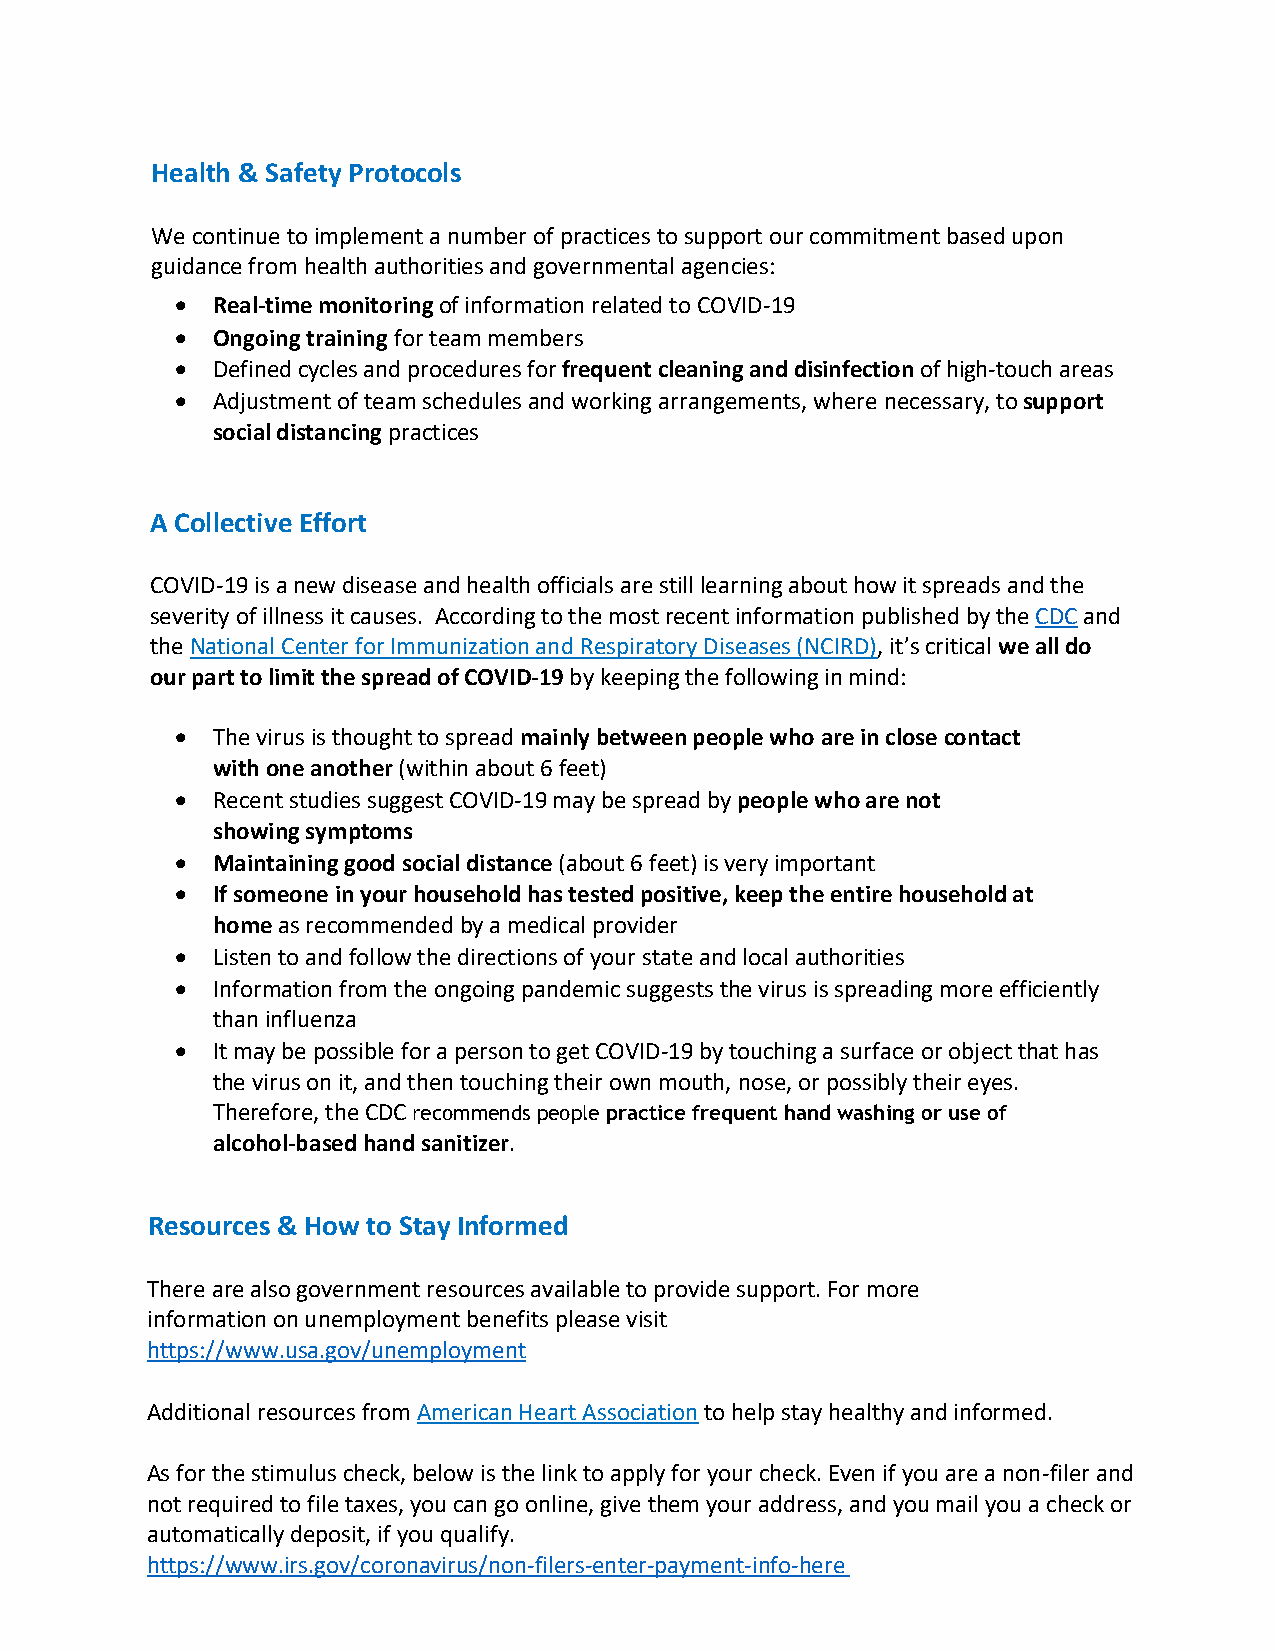
Health & Safety Protocols
 We continue to implement a number of practices to support our commitment based upon
 guidance from health authorities and governmental agencies:
 • Real-time monitoring of information related to COVID-19
 • Ongoing training for team members
 • Defined cycles and procedures for frequent cleaning and disinfection of high-touch areas
 • Adjustment of team schedules and working arrangements, where necessary, to support
 social distancing practices
 A Collective Effort
 COVID-19 is a new disease and health officials are still learning about how it spreads and the
 severity of illness it causes. According to the most recent information published by the CDC and
 the National Center for Immunization and Respiratory Diseases (NCIRD), it’s critical we all do
 our part to limit the spread of COVID-19 by keeping the following in mind:
 • The virus is thought to spread mainly between people who are in close contact
 with one another (within about 6 feet)
 • Recent studies suggest COVID-19 may be spread by people who are not
 showing symptoms
 • Maintaining good social distance (about 6 feet) is very important
 • If someone in your household has tested positive, keep the entire household at
 home as recommended by a medical provider
 • Listen to and follow the directions of your state and local authorities
 • Information from the ongoing pandemic suggests the virus is spreading more efficiently
 than influenza
 • It may be possible for a person to get COVID-19 by touching a surface or object that has
 the virus on it, and then touching their own mouth, nose, or possibly their eyes.
 Therefore, the CDC recommends people practice frequent hand washing or use of
 alcohol-based hand sanitizer.
 Resources & How to Stay Informed
 There are also government resources available to provide support. For more
 information on unemployment benefits please visit
 https://www.usa.gov/unemployment
 Additional resources from American Heart Association to help stay healthy and informed.
 As for the stimulus check, below is the link to apply for your check. Even if you are a non-filer and
 not required to file taxes, you can go online, give them your address, and you mail you a check or
 automatically deposit, if you qualify.
 https://www.irs.gov/coronavirus/non-filers-enter-payment-info-here